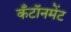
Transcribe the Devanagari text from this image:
कँटॉनमेंट